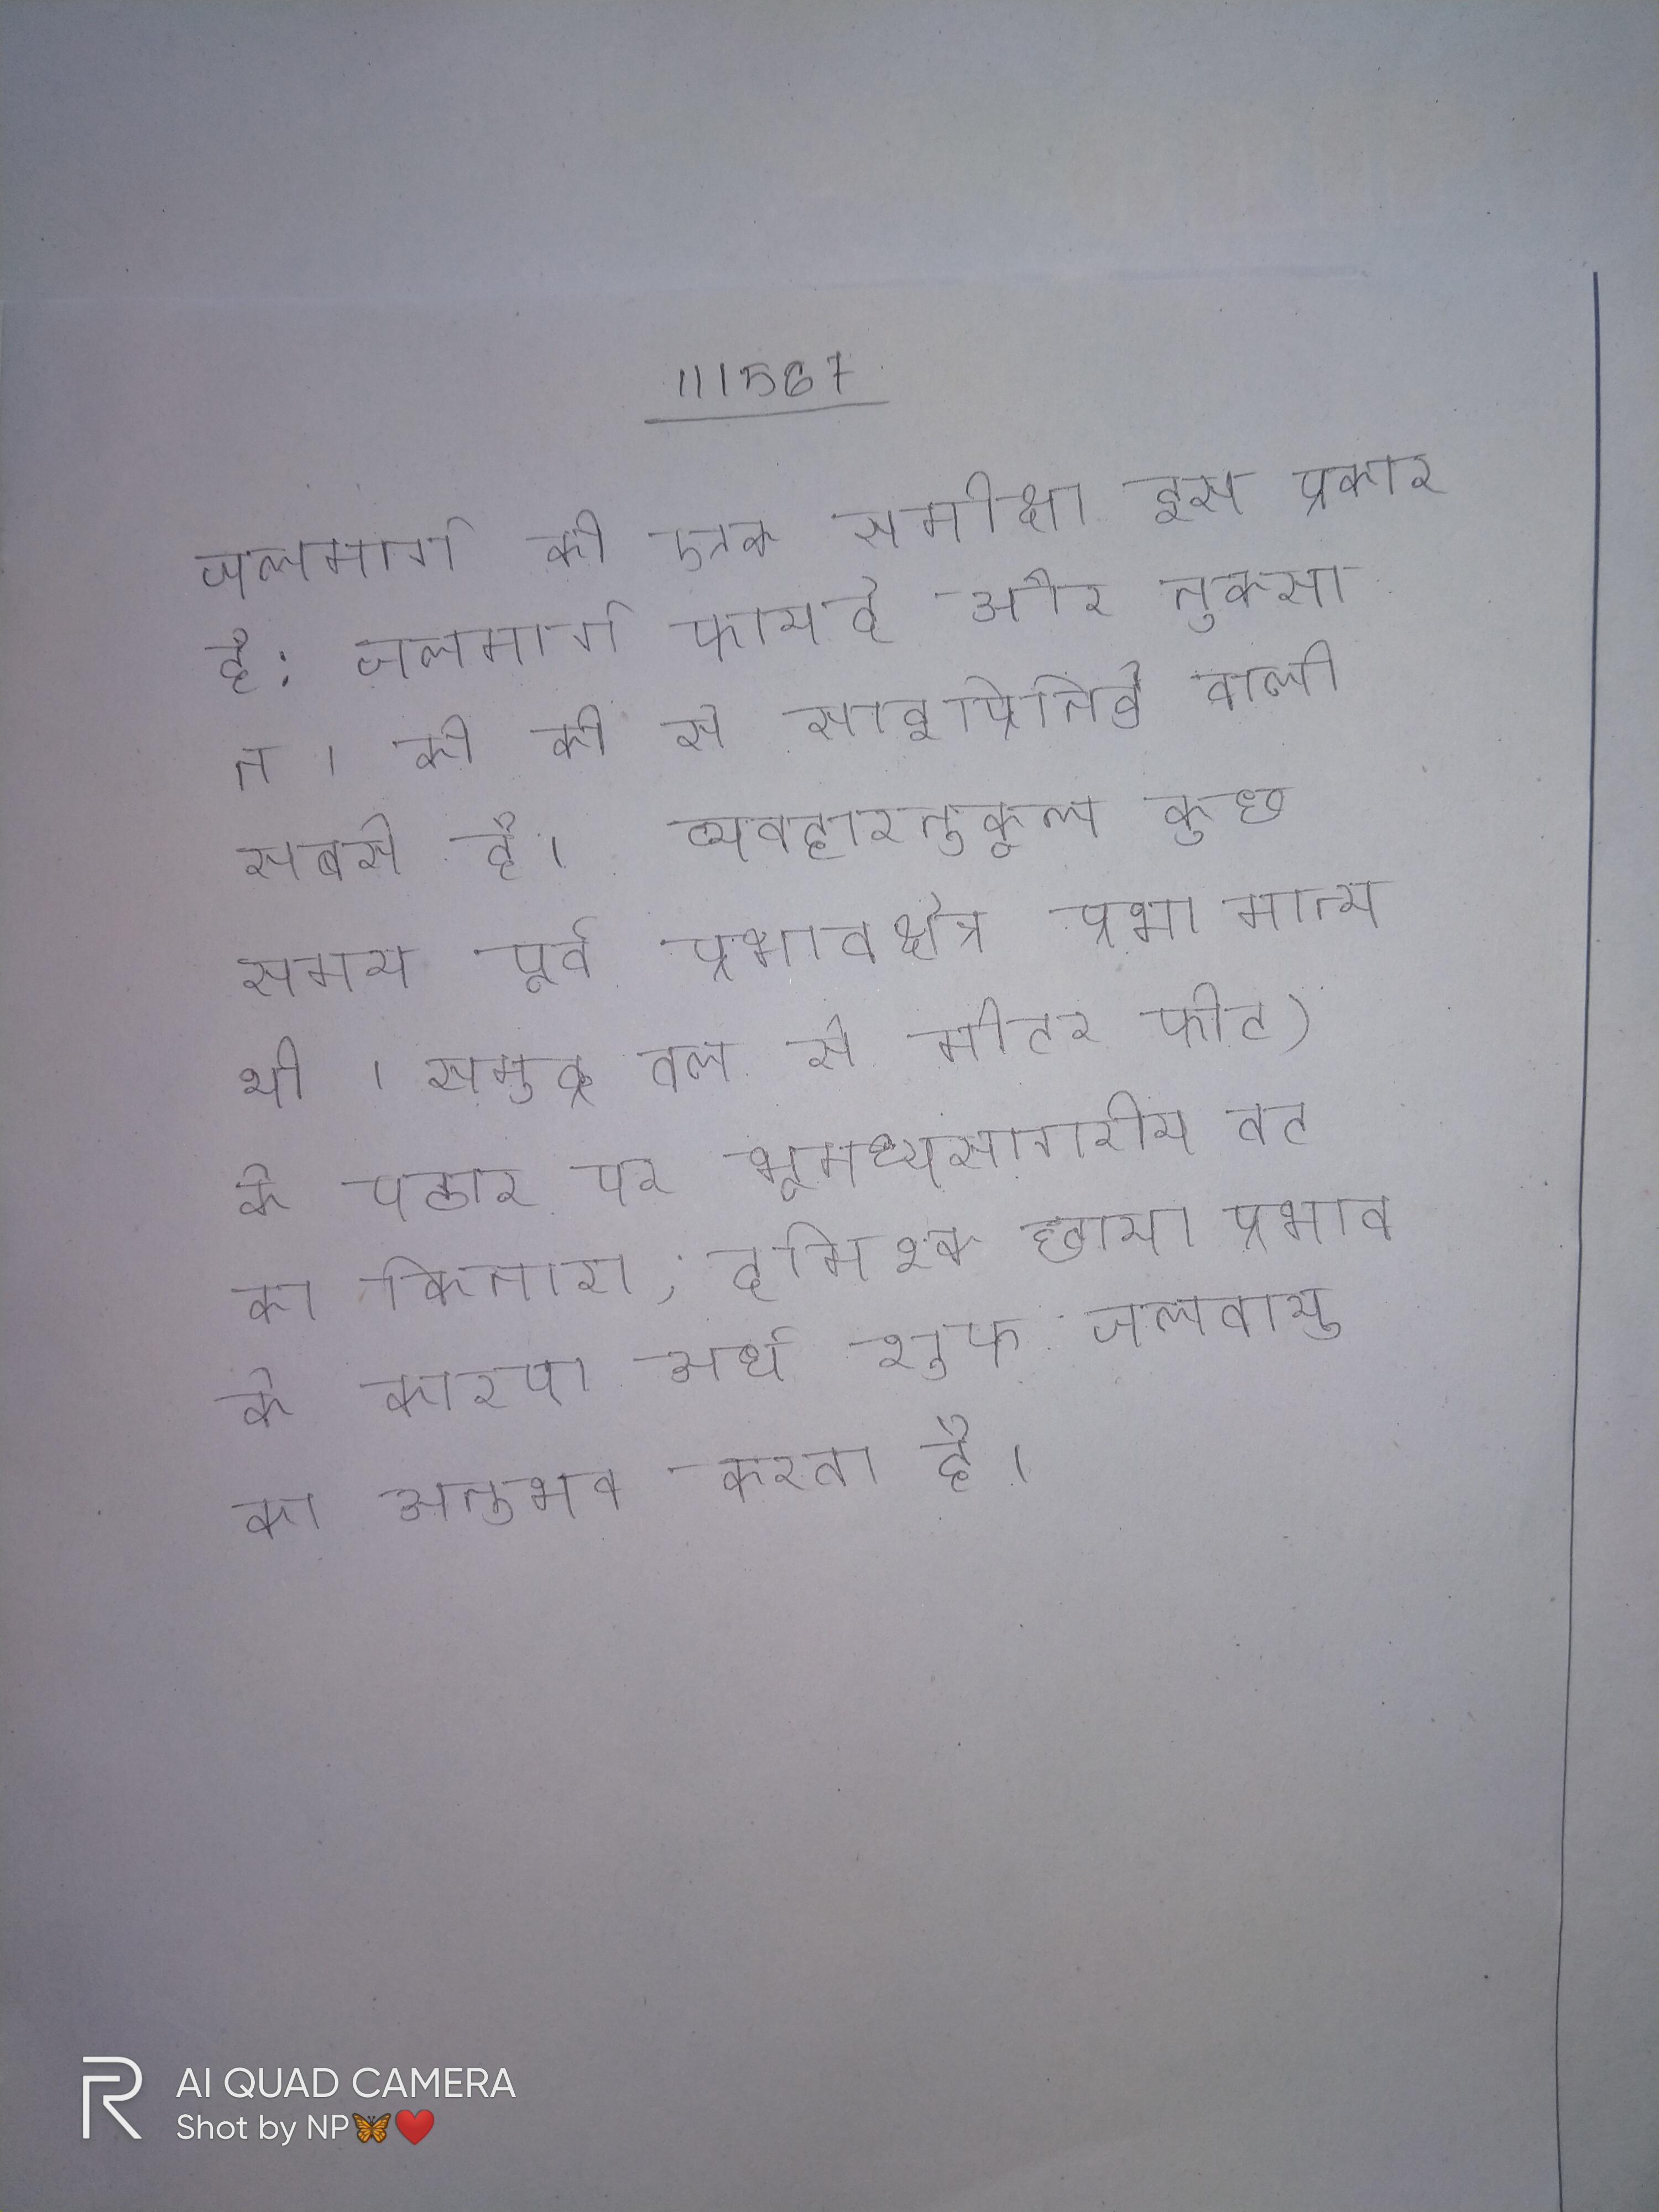
जलमार्ग की एक समीक्षा इस प्रकार है: जलमार्ग फायदे और नुकसान । की की से साइप्रिनिडे वाली सबसे है । व्यवहारनुकूल कुछ समय पूर्व प्रभावक्षेत्र प्रथा मान्य थी । समुद्र तल से मीटर फीट) के पठार पर भूमध्यसागरीय तट का किनारा, दमिश्क छाया प्रभाव के कारण अर्ध शुष्क जलवायु का अनुभव करता है ।